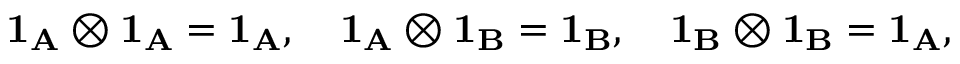
{ \bf 1 _ { A } } \otimes { \bf 1 _ { A } } = { \bf 1 _ { A } } , \quad { \bf 1 _ { A } } \otimes { \bf 1 _ { B } } = { \bf 1 _ { B } } , \quad { \bf 1 _ { B } } \otimes { \bf 1 _ { B } } = { \bf 1 _ { A } } ,